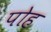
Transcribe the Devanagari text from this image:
पोह